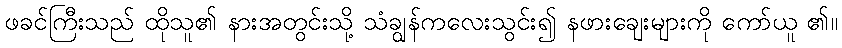
ဖခင်ကြီးသည် ထိုသူ၏ နားအတွင်းသို့ သံချွန်ကလေးသွင်း၍ နဖားချေးများကို ကော်ယူ ၏။